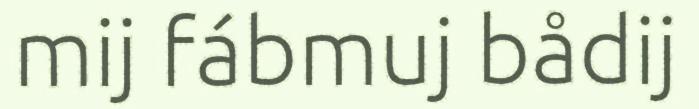
mij fábmuj bådij